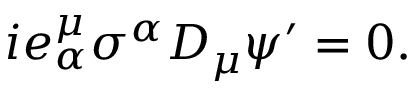
i e _ { \alpha } ^ { \mu } \sigma ^ { \alpha } D _ { \mu } \psi ^ { \prime } = 0 .